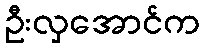
ဦးလှအောင်က